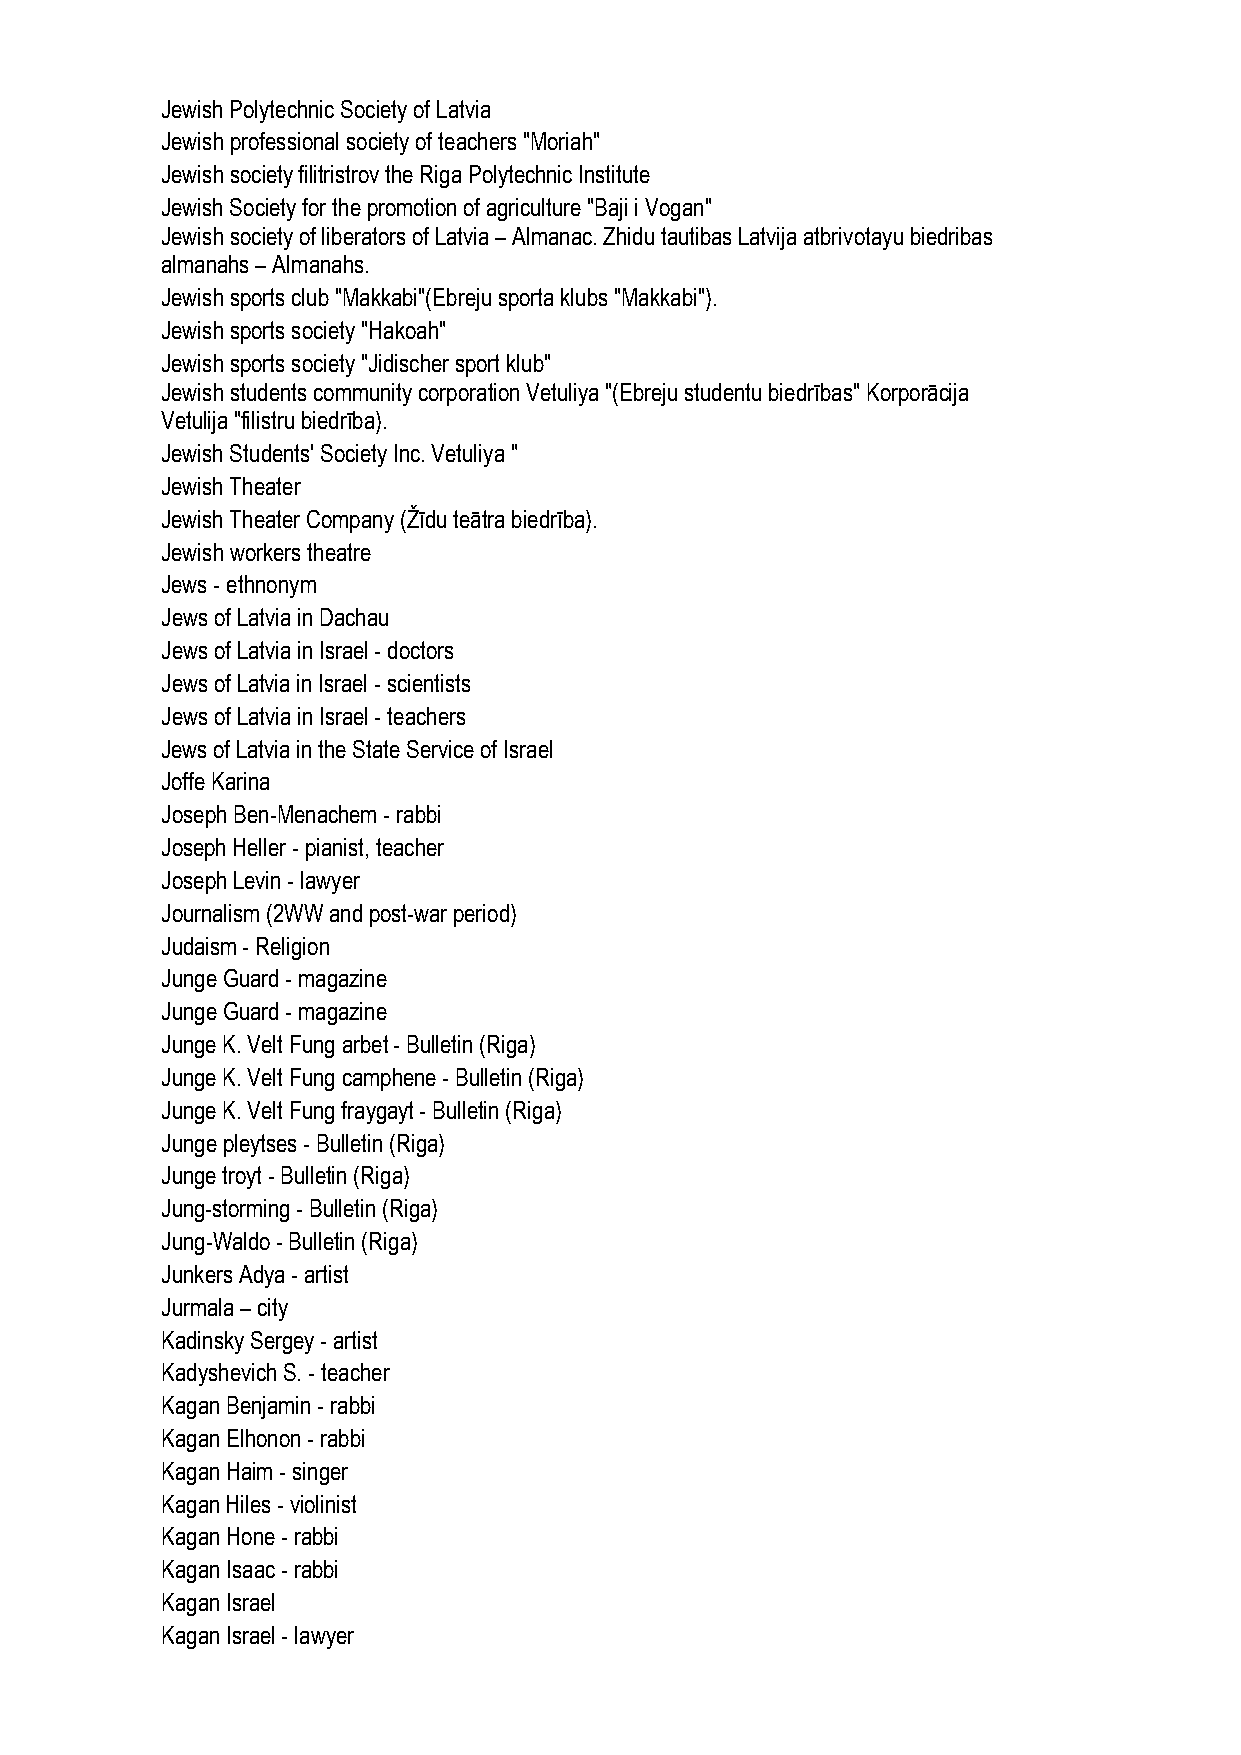
Jewish Polytechnic Society of Latvia
 Jewish professional society of teachers "Moriah"
 Jewish society filitristrov the Riga Polytechnic Institute
 Jewish Society for the promotion of agriculture "Baji i Vogan"
 Jewish society of liberators of Latvia – Almanac. Zhidu tautibas Latvija atbrivotayu biedribas
 almanahs – Almanahs.
 Jewish sports club "Makkabi"(Ebreju sporta klubs "Makkabi").
 Jewish sports society "Hakoah"
 Jewish sports society "Jidischer sport klub"
 Jewish students community corporation Vetuliya "(Ebreju studentu biedrības" Korporācija
 Vetulija "filistru biedrība).
 Jewish Students' Society Inc. Vetuliya "
 Jewish Theater
 Jewish Theater Company (Žīdu teātra biedrība).
 Jewish workers theatre
 Jews - ethnonym
 Jews of Latvia in Dachau
 Jews of Latvia in Israel - doctors
 Jews of Latvia in Israel - scientists
 Jews of Latvia in Israel - teachers
 Jews of Latvia in the State Service of Israel
 Joffe Karina
 Joseph Ben-Menachem - rabbi
 Joseph Heller - pianist, teacher
 Joseph Levin - lawyer
 Journalism (2WW and post-war period)
 Judaism - Religion
 Junge Guard - magazine
 Junge Guard - magazine
 Junge K. Velt Fung arbet - Bulletin (Riga)
 Junge K. Velt Fung camphene - Bulletin (Riga)
 Junge K. Velt Fung fraygayt - Bulletin (Riga)
 Junge pleytses - Bulletin (Riga)
 Junge troyt - Bulletin (Riga)
 Jung-storming - Bulletin (Riga)
 Jung-Waldo - Bulletin (Riga)
 Junkers Adya - artist
 Jurmala – city
 Kadinsky Sergey - artist
 Kadyshevich S. - teacher
 Kagan Benjamin - rabbi
 Kagan Elhonon - rabbi
 Kagan Haim - singer
 Kagan Hiles - violinist
 Kagan Hone - rabbi
 Kagan Isaac - rabbi
 Kagan Israel
 Kagan Israel - lawyer